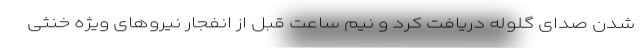
شدن صدای گلوله دریافت کرد و نیم ساعت قبل از انفجار نیروهای ویژه خنثی